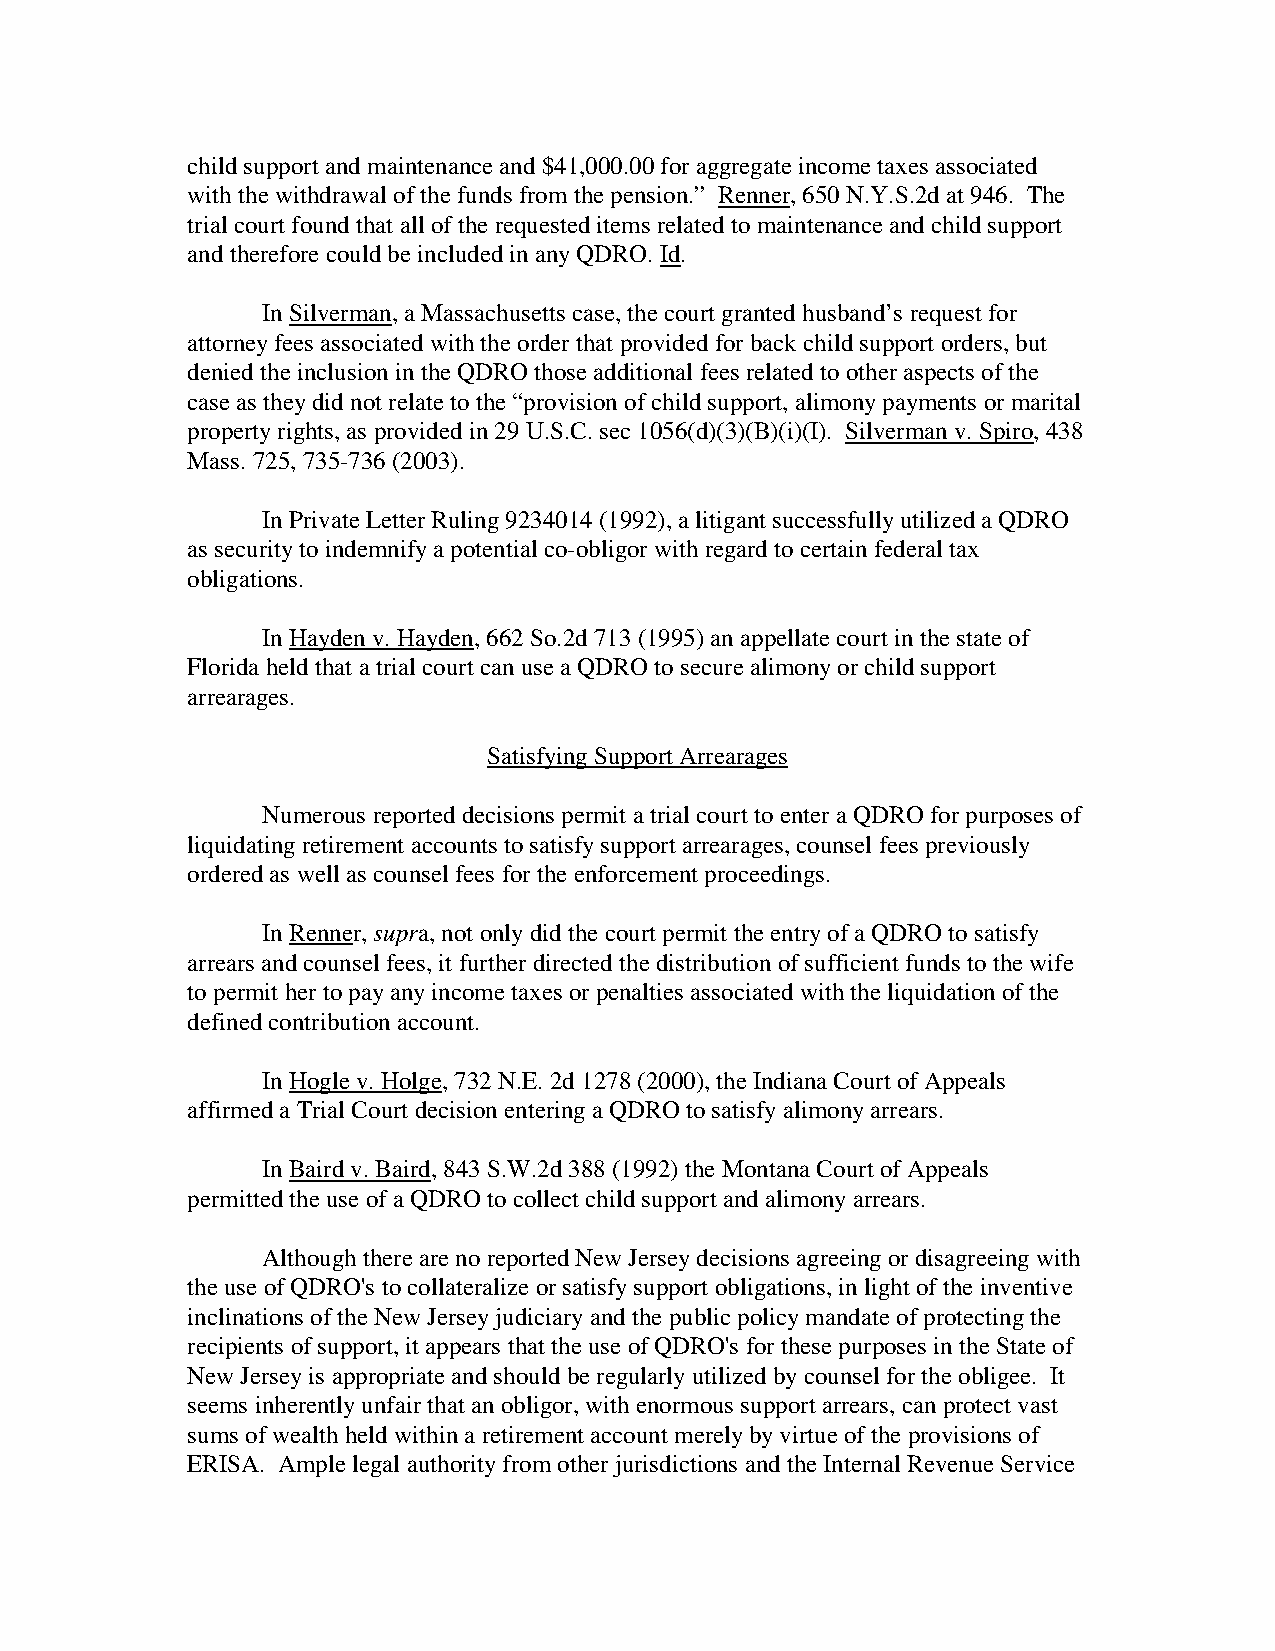
child support and maintenance and $41,000.00 for aggregate income taxes associated
 with the withdrawal of the funds from the pension.” Renner, 650 N.Y.S.2d at 946. The
 trial court found that all of the requested items related to maintenance and child support
 and therefore could be included in any QDRO. Id.
 In Silverman, a Massachusetts case, the court granted husband’s request for
 attorney fees associated with the order that provided for back child support orders, but
 denied the inclusion in the QDRO those additional fees related to other aspects of the
 case as they did not relate to the “provision of child support, alimony payments or marital
 property rights, as provided in 29 U.S.C. sec 1056(d)(3)(B)(i)(I). Silverman v. Spiro, 438
 Mass. 725, 735-736 (2003).
 In Private Letter Ruling 9234014 (1992), a litigant successfully utilized a QDRO
 as security to indemnify a potential co-obligor with regard to certain federal tax
 obligations.
 In Hayden v. Hayden, 662 So.2d 713 (1995) an appellate court in the state of
 Florida held that a trial court can use a QDRO to secure alimony or child support
 arrearages.
 Satisfying Support Arrearages
 Numerous reported decisions permit a trial court to enter a QDRO for purposes of
 liquidating retirement accounts to satisfy support arrearages, counsel fees previously
 ordered as well as counsel fees for the enforcement proceedings.
 In Renner, supra, not only did the court permit the entry of a QDRO to satisfy
 arrears and counsel fees, it further directed the distribution of sufficient funds to the wife
 to permit her to pay any income taxes or penalties associated with the liquidation of the
 defined contribution account.
 In Hogle v. Holge, 732 N.E. 2d 1278 (2000), the Indiana Court of Appeals
 affirmed a Trial Court decision entering a QDRO to satisfy alimony arrears.
 In Baird v. Baird, 843 S.W.2d 388 (1992) the Montana Court of Appeals
 permitted the use of a QDRO to collect child support and alimony arrears.
 Although there are no reported New Jersey decisions agreeing or disagreeing with
 the use of QDRO's to collateralize or satisfy support obligations, in light of the inventive
 inclinations of the New Jersey judiciary and the public policy mandate of protecting the
 recipients of support, it appears that the use of QDRO's for these purposes in the State of
 New Jersey is appropriate and should be regularly utilized by counsel for the obligee. It
 seems inherently unfair that an obligor, with enormous support arrears, can protect vast
 sums of wealth held within a retirement account merely by virtue of the provisions of
 ERISA. Ample legal authority from other jurisdictions and the Internal Revenue Service